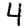
Digit: 4